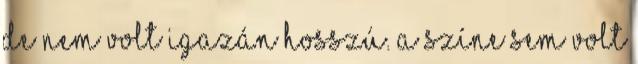
de nem volt igazán hosszú. A színe sem volt